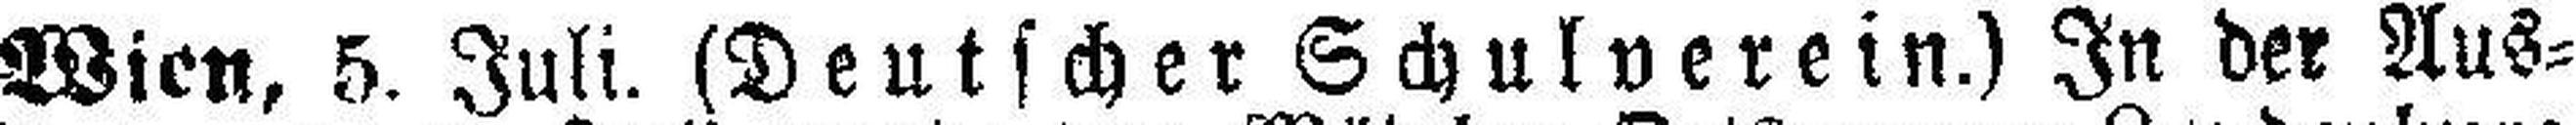
Wien, 5. Juli. (Deutscher Schulverein.) In der Aus¬